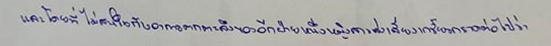
และโดยที่ไม่สนใจกับอาการตกตะลึงของอีกฝ่ายหนึ่งหญิงสาวส่งเสียงเกรี้ยวกราดต่อไปว่า